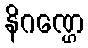
နိဂဏ္ဌေ